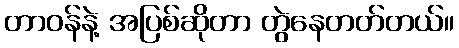
တာဝန်နဲ့ အပြစ်ဆိုတာ တွဲနေတတ်တယ်။